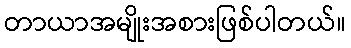
တာယာအမျိုးအစားဖြစ်ပါတယ်။